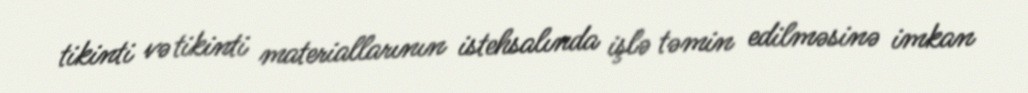
tikinti və tikinti materiallarının istehsalında işlə təmin edilməsinə imkan